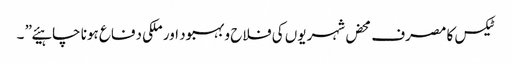
ٹیکس کا مصرف محض شہریوں کی فلاح و بہبود اور ملکی دفاع ہونا چاہیئے” ۔